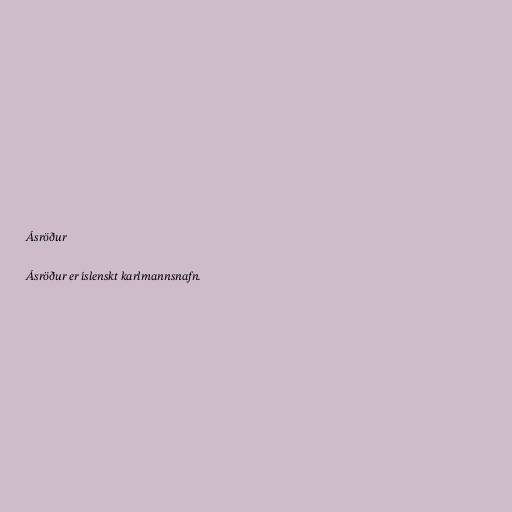
Ásröður

Ásröður er íslenskt karlmannsnafn.